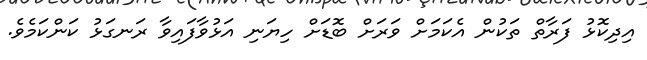
އިދިކޮޅު ފަރާތް ތަކުން އެކަމަށް ވަރަށް ބޮޑަށް ހިޔަނި އަޅުވާފައިވާ ރަނގަޅު ކަންކަމެވެ.